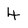
Character: 4